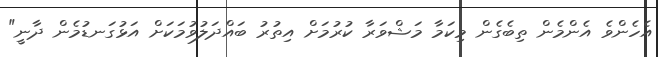
އެހެންވެ އެންމެން ތިބެގެން މިކަމާ މަޝްވަރާ ކުރުމަށް އިތުރު ބައްދަލުވުމަކަށް އަޅުގަނޑުމެން ދާނީ"